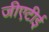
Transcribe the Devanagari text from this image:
जीएटीई